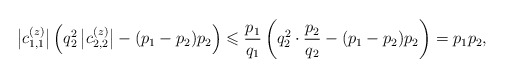
\begin{align*}\bigl|c_{1,1}^{(z)}\bigr| \left( q_2^2\,\bigl|c_{2,2}^{(z)}\bigr| -(p_1-p_2)p_2 \right) \leqslant \frac{p_1}{q_1} \left( q_2^2 \cdot \frac{p_2}{q_2} -(p_1-p_2)p_2 \right) = p_1p_2,\end{align*}